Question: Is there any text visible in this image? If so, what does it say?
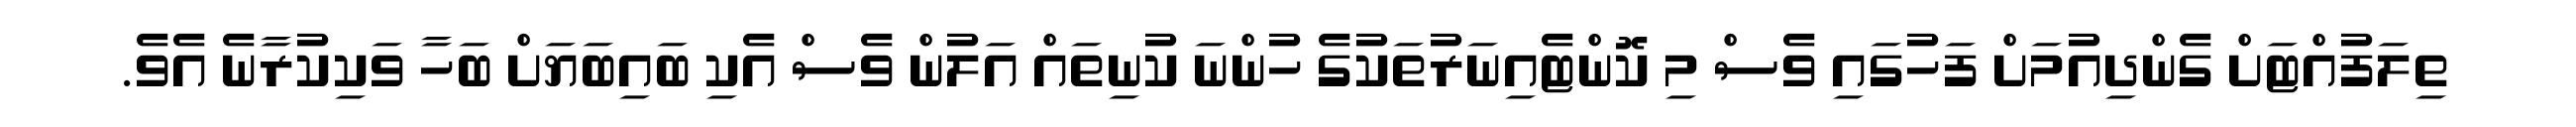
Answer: ތިލަފުއްޓަށް ގެންދިއުމަށް ފަހުގައި ވެސް މި ކޮންޓެއިނަރުތަކުގެ ހުންނަ ކުނިތައް އަލުން ވެސް އެކި ބައިބަޔަށް ބަހާ ވަކިކުރާނެ އެވެ.